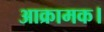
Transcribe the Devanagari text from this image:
आक्रामक।